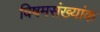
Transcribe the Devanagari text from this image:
विषमसंख्यांक